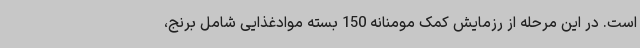
است. در این مرحله از رزمایش کمک مومنانه 150 بسته موادغذایی شامل برنج،